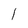
Character: 1